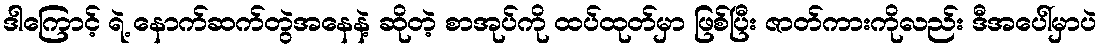
ဒါကြောင့် ရဲ့ နောက်ဆက်တွဲအနေနဲ့ ဆိုတဲ့ စာအုပ်ကို ထပ်ထုတ်မှာ ဖြစ်ပြီး ဇာတ်ကားကိုလည်း ဒီအပေါ်မှာပဲ